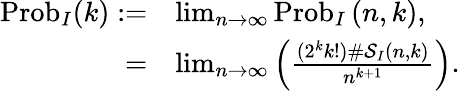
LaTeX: \begin{array}{rl}{\operatorname{Prob}_{I}(k):=}&{\operatorname*{lim}_{n\rightarrow\infty}\operatorname{Prob}_{I}\left(n,k\right),}\\ {=}&{\operatorname*{lim}_{n\rightarrow\infty}\left(\frac{(2^{k}k!)\# \mathcal{S}_{I}(n,k)}{n^{k+1}}\right).}\end{array}